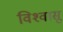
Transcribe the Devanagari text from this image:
विश्‍वासू